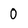
Character: 0